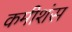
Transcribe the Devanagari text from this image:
कमीशंस